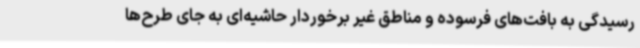
رسیدگی به بافت‌های فرسوده و مناطق غیر برخوردار حاشیه‌ای به جای طرح‌ها